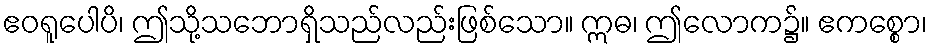
ဧဝရူပေါပိ၊ ဤသို့သဘောရှိသည်လည်းဖြစ်သော။ ဣဓ၊ ဤလောက၌။ ဧကစ္စော၊